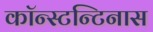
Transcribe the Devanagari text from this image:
कॉन्स्टन्टिनास